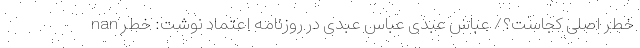
nan خطر اصلی کجاست؟/ عباس عبدی عباس عبدی در روزنامه اعتماد نوشت: خطر